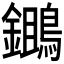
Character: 𪆷